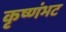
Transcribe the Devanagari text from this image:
कृष्णंभट